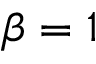
\beta = 1